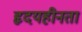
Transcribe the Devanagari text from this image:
हृदयहीनता